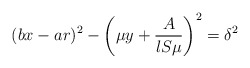
\begin{align*}(bx-ar)^2-\left(\mu y+\frac{A}{lS\mu}\right)^2=\delta^2\end{align*}